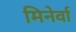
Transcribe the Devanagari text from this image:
मिनेर्वा